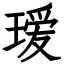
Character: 瑷